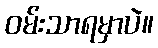
ဝမ်းသာရမှာပဲ။